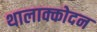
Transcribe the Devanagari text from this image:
थालाक्कोदन